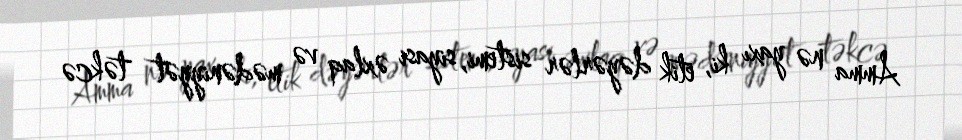
Amma nə yaxı ki, etik dəyərlər sistemi, siyasi əxlaq və mədəniyyət təkcə